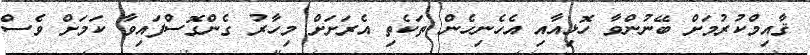
ޤާއިމްކުރުމަށް ބޭނުންވާ ހޮޅިއާއި އެހެނިހެން ތަކެތި އެރަށަށް މިހާރު ގެންގޮސްފައިވާ ކަމަށް ވެސް